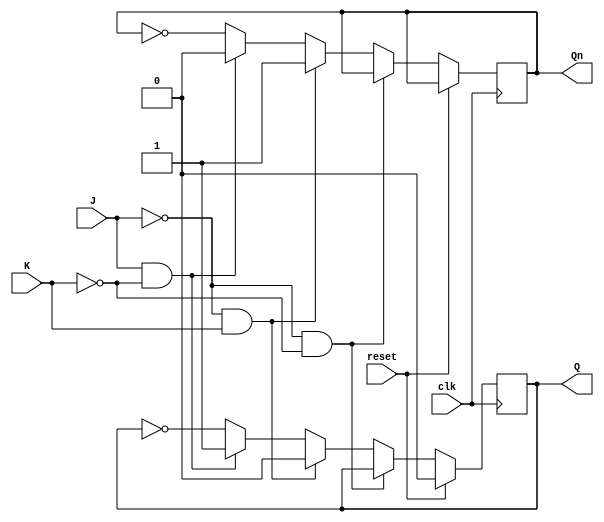
module jk_ff(clk, reset, J, K, Q, Qn);

  input clk, reset, J, K;
  output reg Q, Qn;

  always @ (posedge clk) 
  begin
      if (reset) begin
        Q = 0;
        //Qn = 0;
      end else if (J == 0 && K == 0) begin
          Q = Q;
          Qn = Qn;
      end else if (J == 0 && K == 1) begin
          Q = 0;
          Qn = 1;
      end else if (J == 1 && K == 0) begin
          Q = 1;
          Qn = 0;
      end else begin // S = R = 1 is not allowed
          Q = ~Q;
          Qn = ~Qn;
      end
  end

endmodule